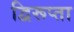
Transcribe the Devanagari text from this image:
द्विरूप्ता